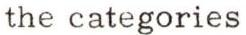
the categories